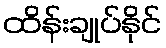
ထိန်းချုပ်နိုင်